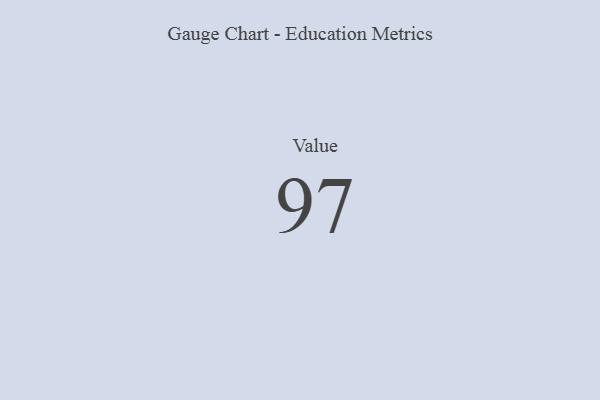
{"axis": {"x": "Metric", "y": "Value"}, "legend": [""], "data": [{"x": "Value", "y": 97, "type": ""}]}